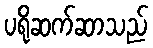
ပရိုဆက်ဆာသည်